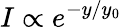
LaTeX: I\propto e^{-y/y_{0}}